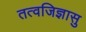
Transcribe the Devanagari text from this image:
तत्वजिज्ञासु